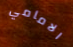
الامامي